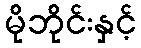
မိုဘိုင်းနှင့်